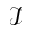
\mathcal { I }